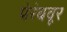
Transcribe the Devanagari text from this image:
पेरंबवूर